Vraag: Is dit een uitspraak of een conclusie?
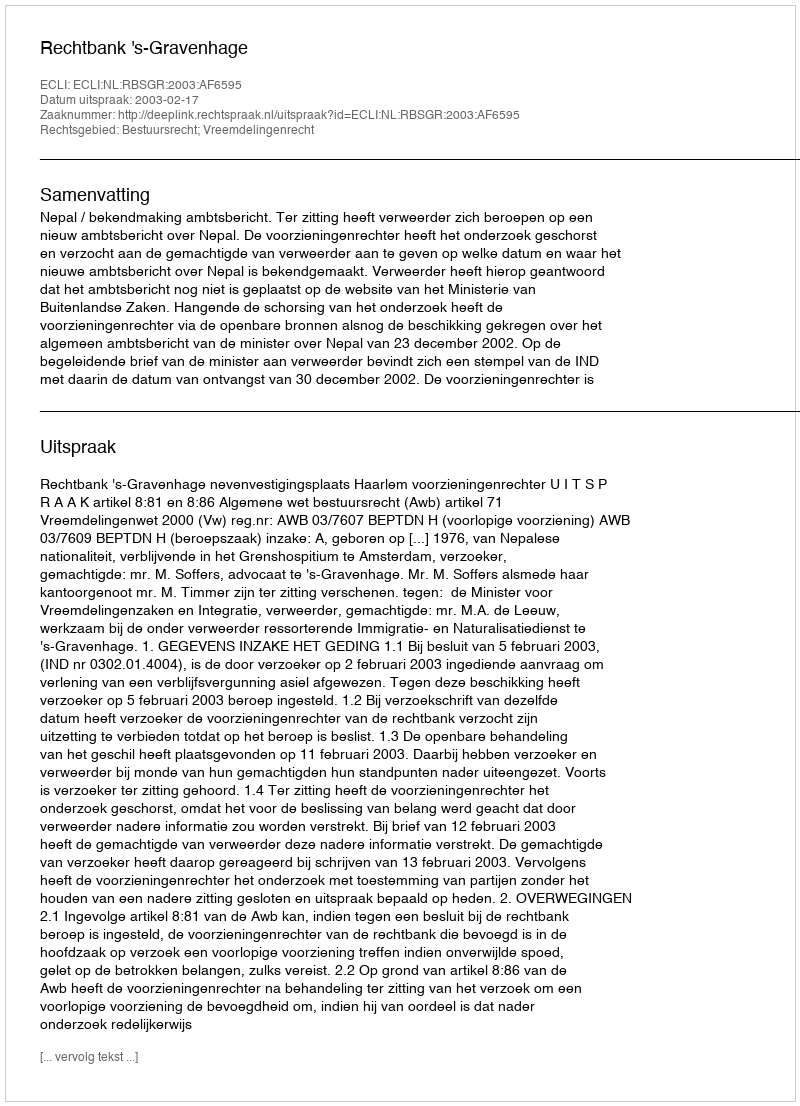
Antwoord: Uitspraak